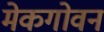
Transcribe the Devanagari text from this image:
मेकगोवन